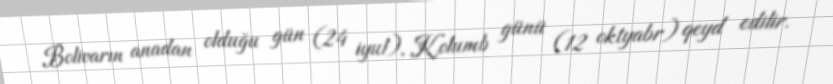
Bolivarın anadan olduğu gün (24 iyul), Kolumb günü (12 oktyabr) qeyd edilir.